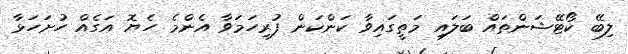
ލިބޭ ކޯޓޭޝަންތައް ބަލައި މަތީގައިވާ ކަންކަން ފުރިހަމަވާ އެންމެ ހެޔޮ އަގެއް ހުށަހަޅާ